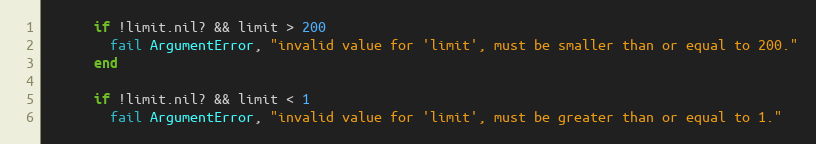
Language: Ruby
      if !limit.nil? && limit > 200
        fail ArgumentError, "invalid value for 'limit', must be smaller than or equal to 200."
      end

      if !limit.nil? && limit < 1
        fail ArgumentError, "invalid value for 'limit', must be greater than or equal to 1."